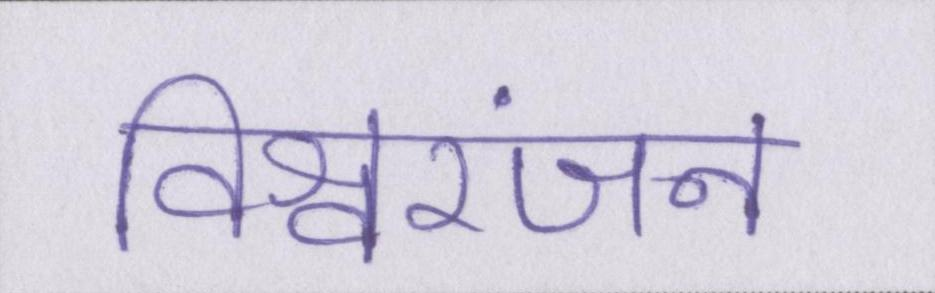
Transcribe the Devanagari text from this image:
विश्वरंजन